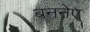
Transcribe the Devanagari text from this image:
बननेए